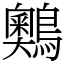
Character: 䴈